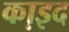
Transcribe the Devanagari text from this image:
का़इद